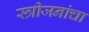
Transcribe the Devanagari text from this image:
स्त्रीजनांचा